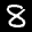
Label: 8